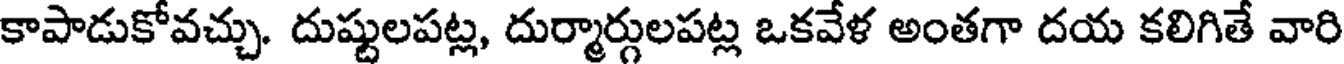
కాపాడుకోవచ్చు. దుష్టులపట్ల, దుర్మార్గులపట్ల ఒకవేళ అంతగా దయ కలిగితే వారి